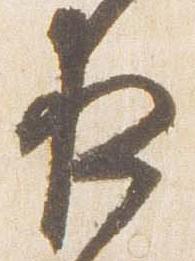
夜